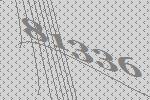
81336